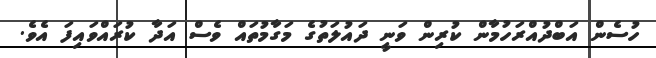
ހުސެން އަބްދުއްރަހުމާން ކުރިން ވަނީ ދައުލަތުގެ މަގާމުތައް ވެސް އަދާ ކުރައްވައިފަ އެވެ.